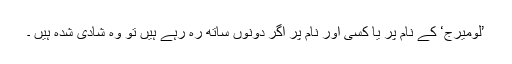
’لومیرج‘ کے نام پر یا کسی اور نام پر اگر دونوں ساتھ رہ رہے ہیں تو وہ شادی شدہ ہیں ۔